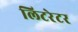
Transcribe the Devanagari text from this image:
लिटरेटर